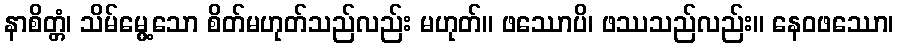
နာစိတ္တံ၊ သိမ်မွေ့သော စိတ်မဟုတ်သည်လည်း မဟုတ်။ ဖဿောပိ၊ ဖဿသည်လည်း။ နေဝဖဿော၊